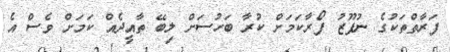
ފަރާތްތަކުގެ ނުފޫޒު ފޯރާކަމަށް ކުރާ ބަހުސަށް ލިބޭ ތާއީދެއް ކަމަށް ވެސް އެ